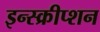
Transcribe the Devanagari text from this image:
इन्स्क्रीप्शन